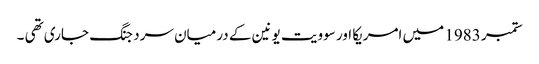
ستمبر 1983 میں امریکا اور سوویت یونین کے درمیان سرد جنگ جاری تھی ۔